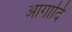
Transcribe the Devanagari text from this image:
आगादि